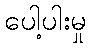
ပေါ့ပါးမှု